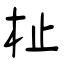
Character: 杫